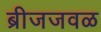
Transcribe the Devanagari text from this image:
ब्रीजजवळ